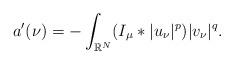
LaTeX: \begin{align*} a'(\nu)=-\int_{\mathbb{R}^N}(I_\mu\ast|u_\nu|^p)|v_\nu|^q.\end{align*}